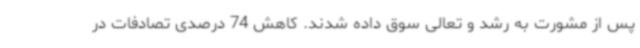
پس از مشورت به رشد و تعالی سوق داده شدند. کاهش 74 درصدی تصادفات در